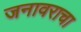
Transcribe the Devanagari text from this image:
जनावराचा